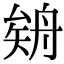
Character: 𦩉